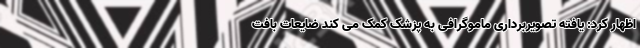
اظهار کرد: یافته تصویربرداری ماموگرافی به پزشک کمک می کند ضایعات بافت